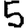
Digit: 5